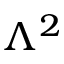
\Lambda ^ { 2 }